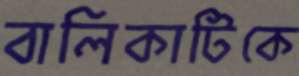
বালিকাটিকে